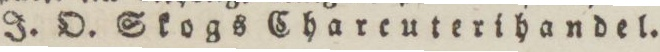
J. O. Skogs Chareuterihandel.